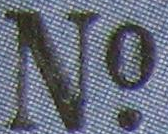
No.